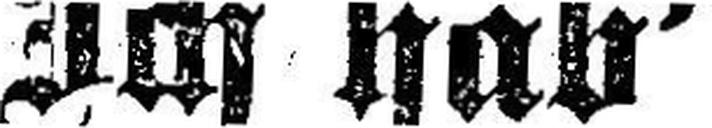
Ich hab'